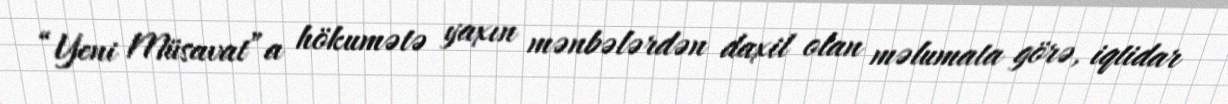
“Yeni Müsavat”a hökumətə yaxın mənbələrdən daxil olan məlumata görə, iqtidar